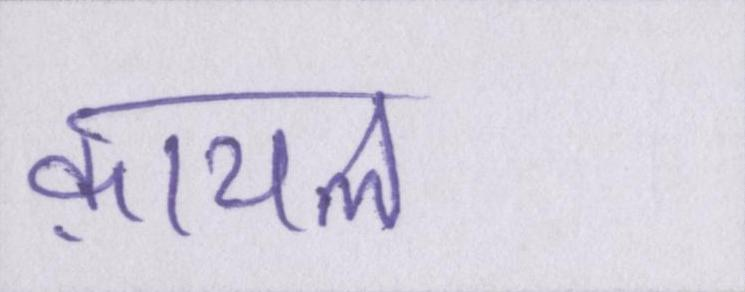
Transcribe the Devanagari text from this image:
क़ायल